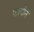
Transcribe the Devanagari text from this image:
फायीन